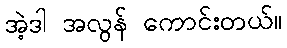
အဲ့ဒါ အလွန် ကောင်းတယ်။